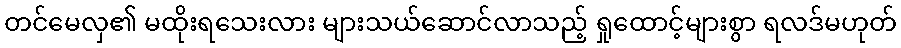
တင်မေလှ၏ မထိုးရသေးလား များသယ်ဆောင်လာသည့် ရှုထောင့်များစွာ ရလဒ်မဟုတ်